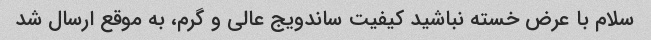
سلام با عرض خسته نباشید کیفیت ساندویج عالی و گرم، به موقع ارسال شد